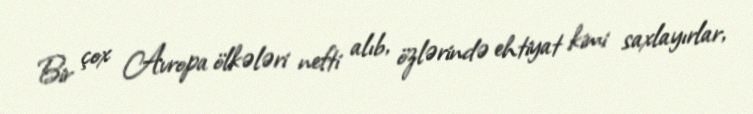
Bir çox Avropa ölkələri nefti alıb, özlərində ehtiyat kimi saxlayırlar,